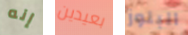
إنه بعيدين البلوز